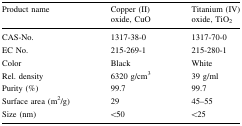
| Product name | Copper (II) oxide, CuO | Titanium (IV) oxide, TiO2 |
 | --- | --- | --- |
 | CAS-No. | 1317-38-0 | 1317-70-0 |
 | EC No. | 215-269-1 | 215-280-1 |
 | Color | Black | White |
 | Rel. density | 6320 g/cm3 | 39 g/ml |
 | Purity (%) | 99.7 | 99.7 |
 | Surface area (m2/g) | 29 | 45–55 |
 | Size (nm) | <50 | <25 |